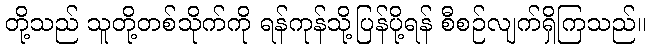
တို့သည် သူတို့တစ်သိုက်ကို ရန်ကုန်သို့ပြန်ပို့ရန် စီစဉ်လျက်ရှိကြသည်။